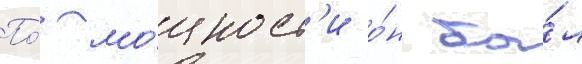
По́ мо́щност'и о́н бы́л